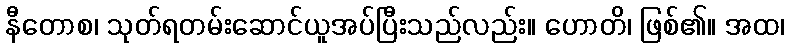
နီတောစ၊ သုတ်ရတမ်းဆောင်ယူအပ်ပြီးသည်လည်း။ ဟောတိ၊ ဖြစ်၏။ အထ၊